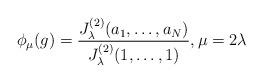
LaTeX: \begin{align*} \phi_\mu(g)= \frac{J_\lambda^{(2)}(a_1,\ldots, a_N)}{J_\lambda^{(2)}(1,\ldots, 1)}, \mu=2\lambda \end{align*}